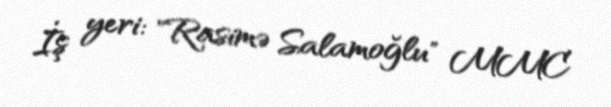
İş yeri: "Rasimə Salamoğlu" MMC